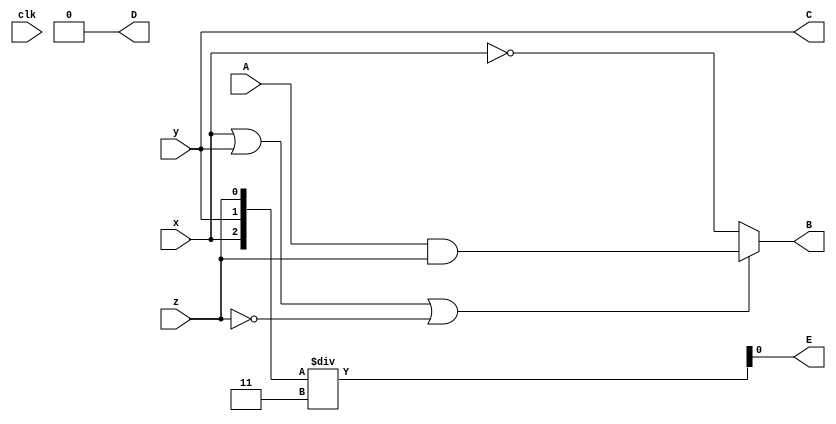
module top
(
 input x,
 input y,
 input z,
 input clk,

 input A,
 output signed B,
 output signed C,D,E
 );

assign  B = (x || y || !z)?  (A & z) : ~x;
assign {D,C} =  {y,z} >>> 1;
assign E = {x,y,z} / 3;

endmodule